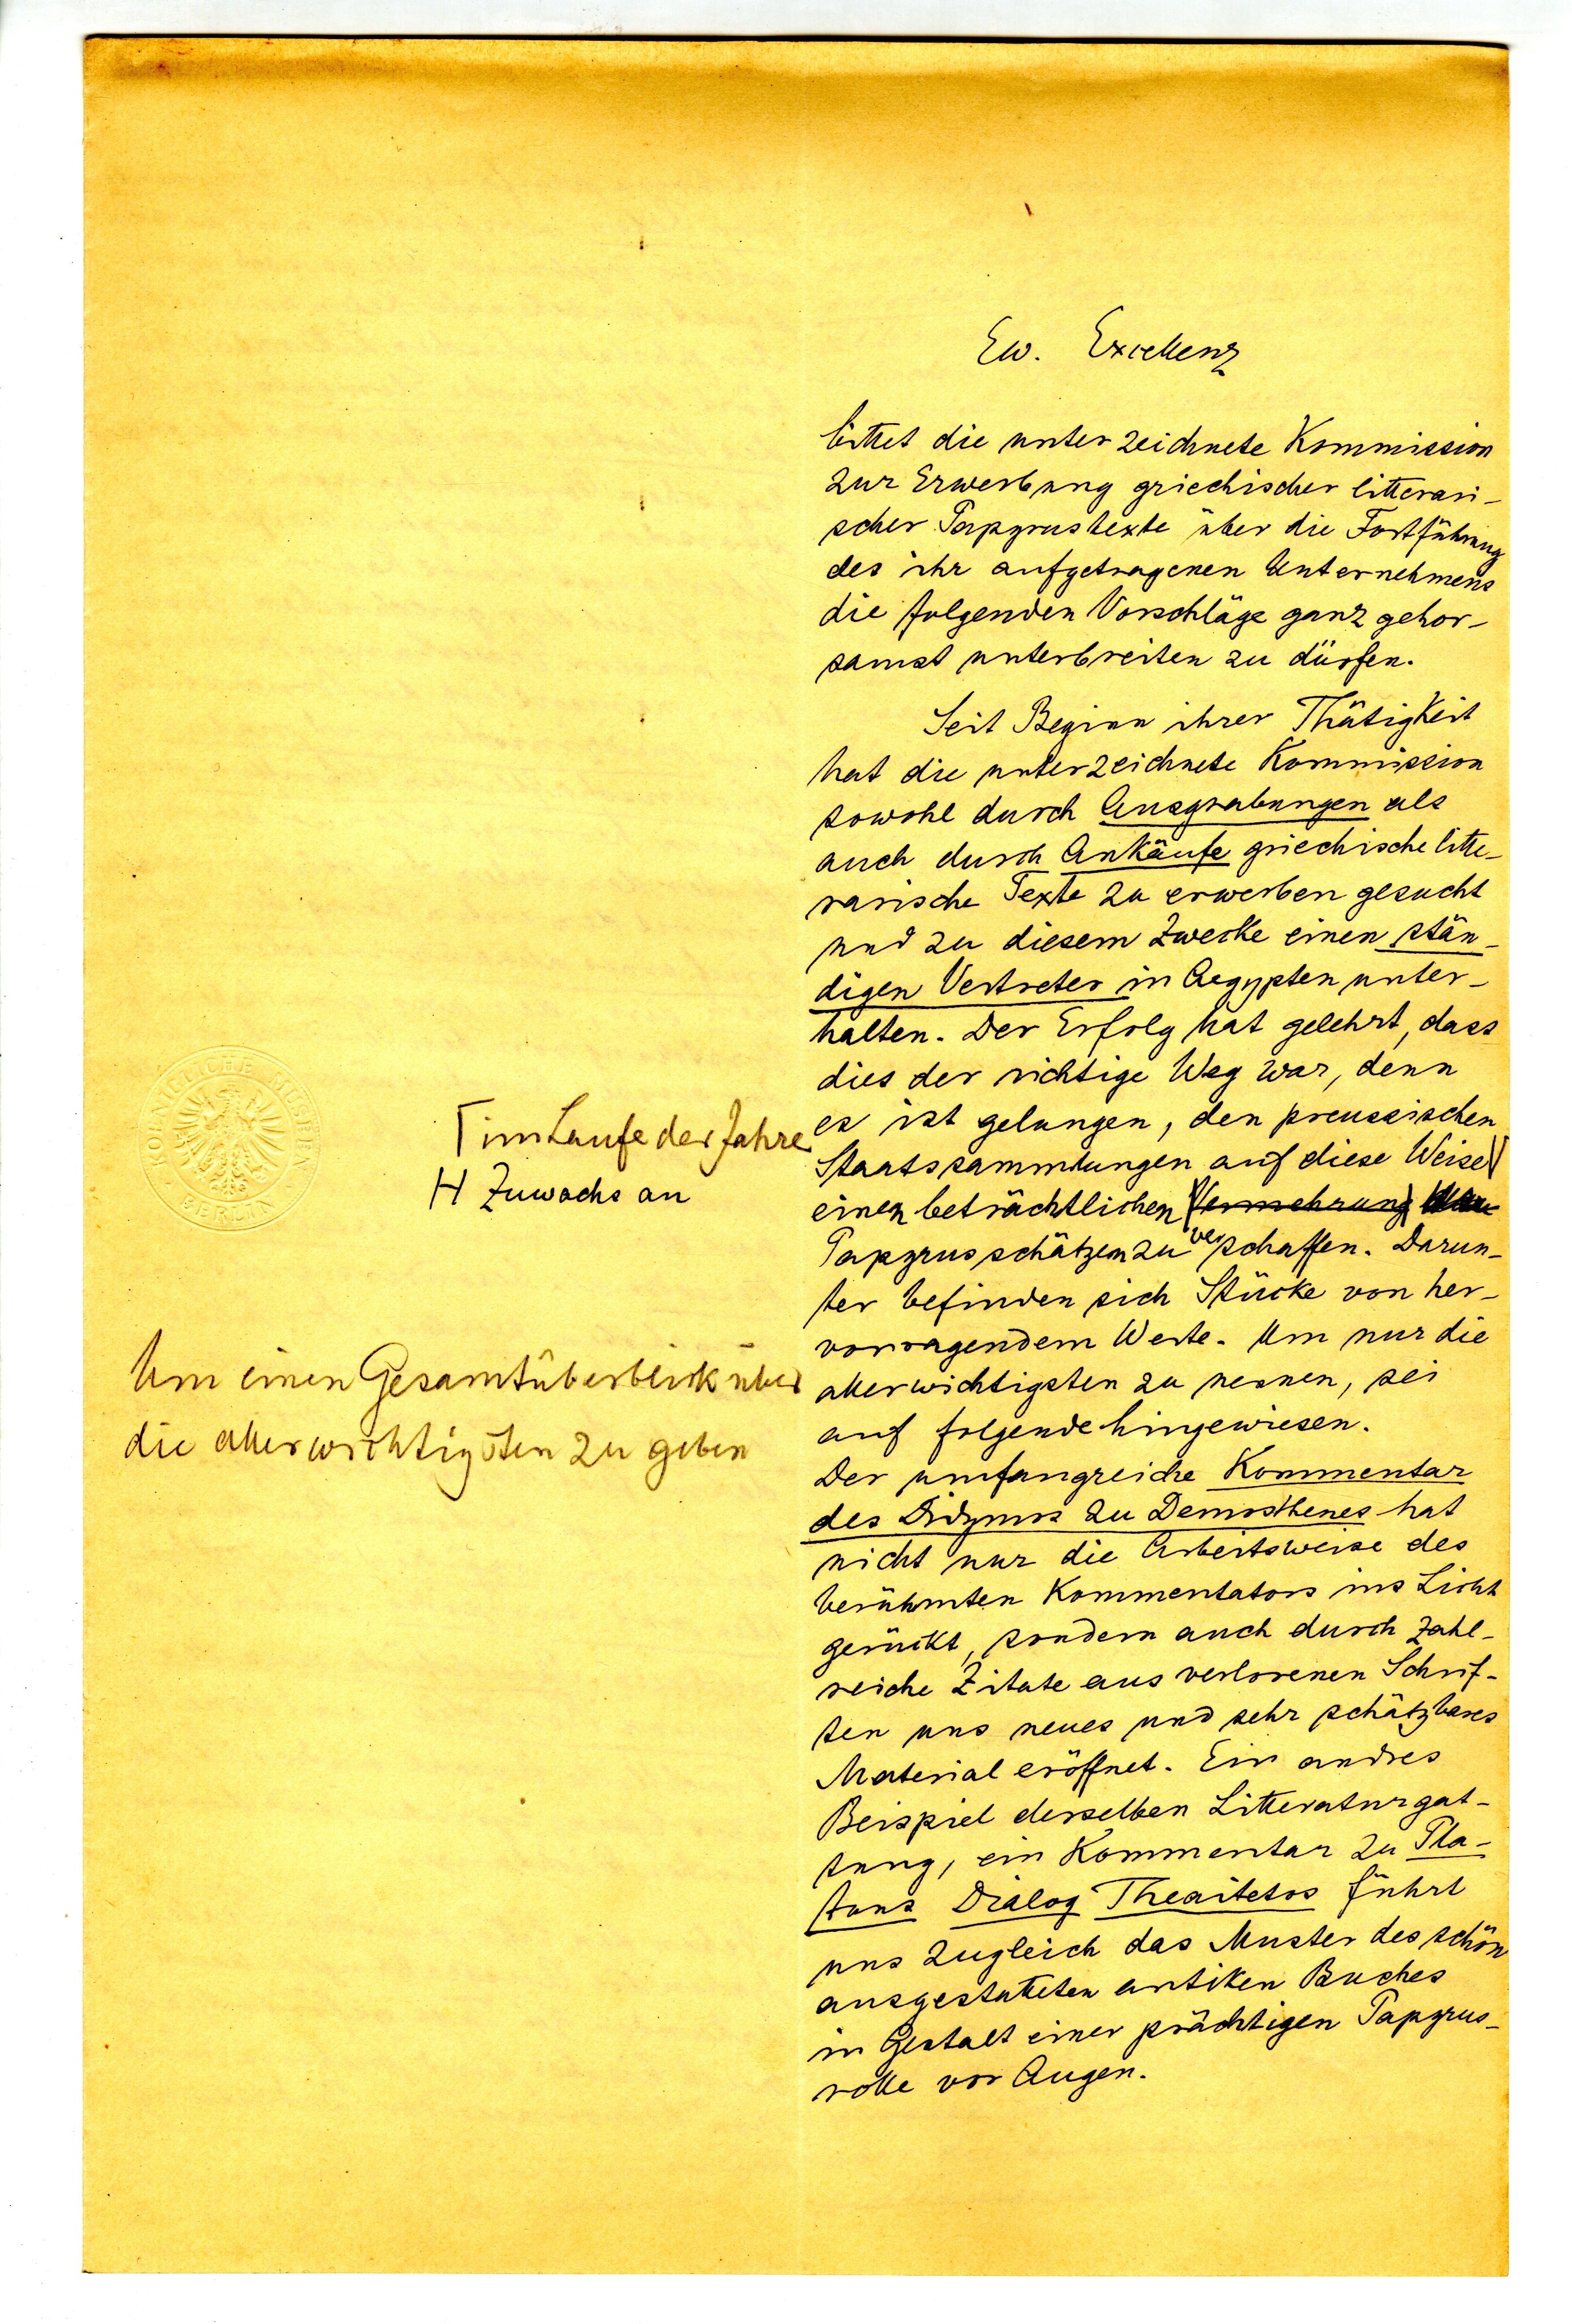
Ew. Excellenz
bittet die unterzeichnete Kommission
zur Erwerbung griechischer litterari¬
scher Papyrustexte über die Fortführung
des ihr aufgetragenen Unternehmens
die folgenden Vorschläge ganz gehor¬
samst unterbreiten zu dürfen.
Seit Beginnn ihrer Thätigkeit
hat die unterzeichnete Kommission
sowohl durch Ausgrabungen als
auch durch Ankäufe griechische litte
rarische Texte zu erwerben gesucht
und zu diesem Zwecke einen stän¬
digen Vertreter in Aegypten unter¬
halten. Der Erfolg hat gelehrt, dass
dies der richtige Weg war, denn
es ist gelungen, den preussischen
Staatssammlungen auf diese Weise
einen beträchtlichen
Papyrusschätzen zu verschaffen. Darun¬
ter befinden sich Stücke von her¬
vorragendem Werte. Um nur die
allerwichtigsten zu nennen, sei
auf folgende hingewiesen.
Der umfangreiche Kommentar
des Didymos zu Demosthenes hat
nicht nur die Arbeitsweise des
berühmten Kommentators ins Licht
gerückt, sondern auch durch zahl¬
reiche Zitate aus verlorenen Schrif¬
ten uns neues und sehr schätzbares
Material eröffnet. Ein anderes
Beispiel derselben Litteraturgat¬
tung, ein Kommentar zu Pla¬
tons Dialog Theaitetos führt
uns zugleich das Muster des schön
ausgestellten antiken Buches
in Gestallt einer prächtigen Papyrus¬
rolle vor Augen

im Laufe der Jahre
Zuwachs an
Um einen Gesamtüberblick über
die allerwichtigsten zu geben